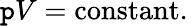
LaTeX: \mathtt{p}V=\mathrm{{constant}}.\,